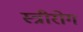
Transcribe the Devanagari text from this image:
स्‍त्रीरोग